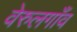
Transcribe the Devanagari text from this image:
वेरुलगाँव